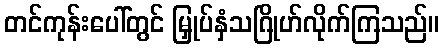
တင်ကုန်းပေါ်တွင် မြှုပ်နှံသဂြိုဟ်လိုက်ကြသည်။